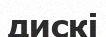
дискі